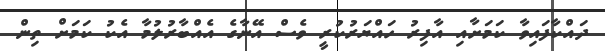
ދައްކާފައިވާ ކަމަށާއި އާފިރު ހައްޔަރުކުރީ ވެސް އޭނާގެ އެއްބާރުލުމާ އެކު ކަމަށް ތިން